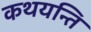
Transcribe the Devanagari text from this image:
कथयन्ति